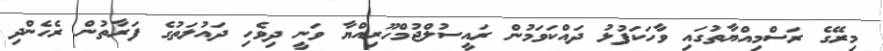
މިރޭގެ ރަސްމިއްޔާތުގައި ވާހަކަފުޅު ދައްކަވަމުން ރައީސުލްޖުމްހޫރިއްޔާ ވަނީ ދިވެހި ދައުލަތުގެ ފަރާތުން ރެހެންދި